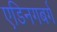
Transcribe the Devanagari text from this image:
एडिनगबर्ग